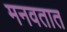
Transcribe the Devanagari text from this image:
मनवतात